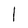
Character: l